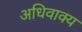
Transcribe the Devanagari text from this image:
अधिवाक्य